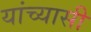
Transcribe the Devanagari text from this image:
यांच्यासी